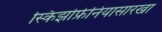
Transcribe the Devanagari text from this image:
स्किझोफ्रेनियासारखा